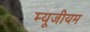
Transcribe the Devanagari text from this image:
म्यूजीयम